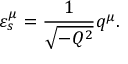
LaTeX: \varepsilon _ { s } ^ { \mu } = { \frac { 1 } { \sqrt { - Q ^ { 2 } } } } q ^ { \mu } .